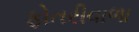
ફોતરીવાળા